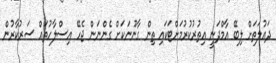
ދައުލަތަށް ލިބޭ އާމްދަނީ އިތުރުކުރުމަށްޓަކައި ތިން ގާނޫނަކަށް ގެންނަން ޖެހޭ އިސްލާހުތައް ސަރުކާރުން